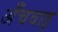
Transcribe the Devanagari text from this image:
अँचवाइ